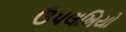
ઉપલખિયો